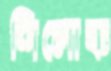
শিলোক